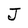
Character: J